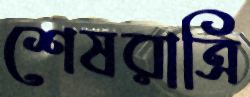
শেষরাত্রি